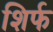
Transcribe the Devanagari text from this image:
शिर्फ